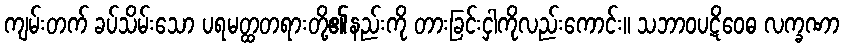
ကျမ်းတက် ခပ်သိမ်းသော ပရမတ္ထတရားတို့၏နည်းကို တားခြင်းငှါကိုလည်းကောင်း။ သဘာဝပဋိဝေဓ လက္ခဏာ